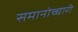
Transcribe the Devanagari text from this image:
समानोच्चारी